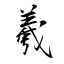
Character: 羲